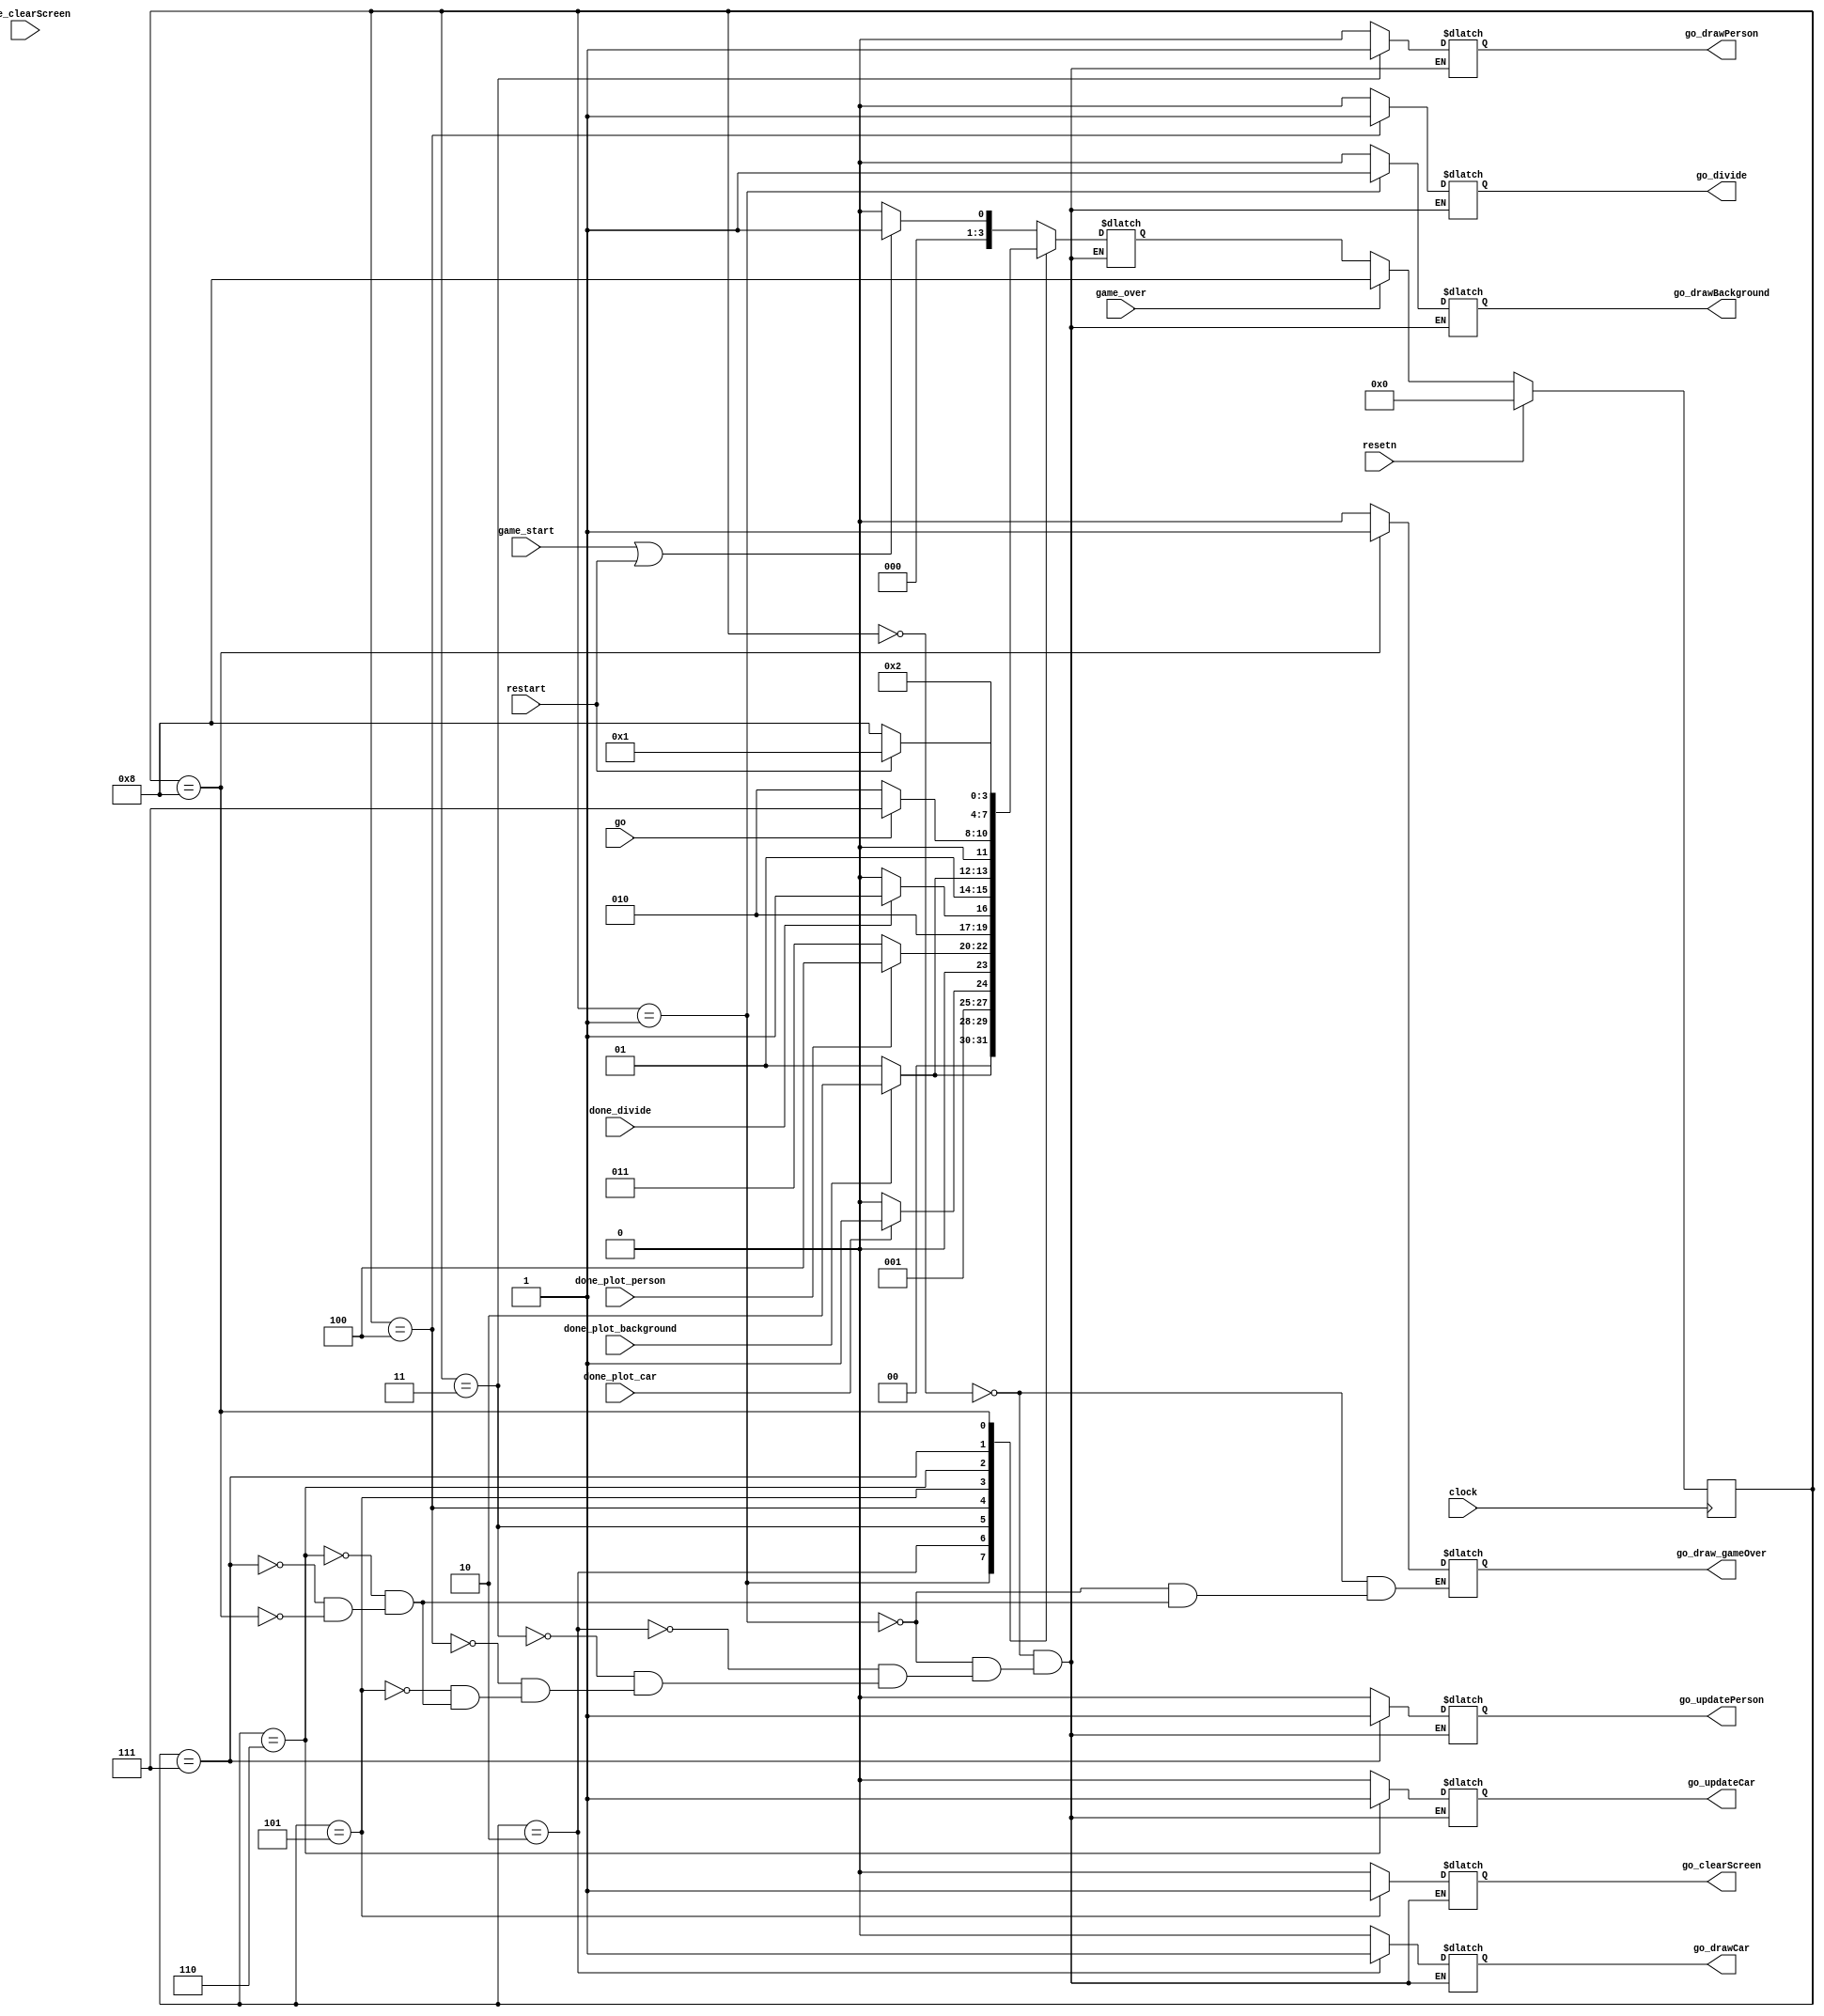
module car_control(
	input resetn,restart,game_over,clock,game_start,go,
	input done_plot_background,done_divide,done_plot_car,done_plot_person,done_clearScreen,
	output reg go_drawBackground,go_drawCar,go_drawPerson,go_divide,go_clearScreen,go_updateCar,go_updatePerson,go_draw_gameOver);

parameter			reset = 0,
				drawBackground = 1,
				drawCar = 2,
				drawPerson = 3,
				waitDraw = 4,
				clearScreen = 5,
				updateCar = 6,
				updatePerson = 7,
				gameOver = 8;
				
			
				
reg [3:0]current_state,next_state;
				
always@(*)
begin : state_table
	case (current_state)
			reset : next_state = (game_start||restart) ? drawBackground : reset;
			drawBackground : next_state = done_plot_background ? drawCar : drawBackground;	
			drawCar : next_state = done_plot_car ? drawPerson : drawCar;
			drawPerson : next_state = done_plot_person ? waitDraw : drawPerson;
			waitDraw : next_state = done_divide ? clearScreen : waitDraw;
			clearScreen : next_state = done_plot_background ? updateCar : clearScreen;
			updateCar : begin
					if(go) next_state = updatePerson;
					else next_state = drawCar;
end
			updatePerson : next_state = drawCar;
			gameOver : next_state = restart ? drawBackground : gameOver;
				
	endcase
end	
 
always@(*)
begin : enable_signals	
				
	case (current_state)
	
		reset : begin
					go_drawBackground = 0;
					go_drawCar = 0;
					go_drawPerson = 0;
					go_divide = 0;
					go_clearScreen = 0;
					go_updateCar = 0;
					go_updatePerson = 0;
					go_draw_gameOver = 0;
				  end	
		
		drawBackground : begin
					go_drawBackground = 1;
					go_drawCar = 0;
					go_drawPerson = 0;
					go_divide = 0;
					go_clearScreen = 0;
					go_updateCar = 0;
					go_updatePerson = 0;
					go_draw_gameOver = 0;
				  end
		
		
		drawCar : begin
					go_drawBackground = 0;
					go_drawCar = 1;
					go_drawPerson = 0;
					go_divide = 0;
					go_clearScreen = 0;
					go_updateCar = 0;
					go_updatePerson = 0;
					
				  end
				  
		
		drawPerson : begin
					go_drawBackground = 0;
					go_drawCar = 0;
					go_drawPerson = 1;
					go_divide = 0;
					go_clearScreen = 0;
					go_updateCar = 0;
					go_updatePerson = 0;
					
				  end
				  
		
		waitDraw : begin
					go_drawBackground = 0;
					go_drawCar = 0;
					go_drawPerson = 0;
					go_divide = 1;
					go_clearScreen = 0;
					go_updateCar = 0;
					go_updatePerson = 0;
					
				  end
				 			 		  
		
		clearScreen : begin
					go_drawBackground = 0;
					go_drawCar = 0;
					go_drawPerson = 0;
					go_divide = 0;
					go_clearScreen = 1;
					go_updateCar = 0;
					go_updatePerson = 0;
					
				  end
					
		updateCar : begin
					go_drawBackground = 0;
					go_drawCar = 0;
					go_drawPerson = 0;
					go_divide = 0;
					go_clearScreen = 0;
					go_updateCar = 1;
					go_updatePerson = 0;
					go_draw_gameOver = 0;
				  end
				 			  
		updatePerson : begin
					go_drawBackground = 0;
					go_drawCar = 0;
					go_drawPerson = 0;
					go_divide = 0;
					go_clearScreen = 0;
					go_updateCar = 0;
					go_updatePerson = 1;
					go_draw_gameOver = 0;
				  end
				  
		gameOver : begin
					go_drawBackground = 0;
					go_drawCar = 0;
					go_drawPerson = 0;
					go_divide = 0;
					go_clearScreen = 0;
					go_updateCar = 0;
					go_updatePerson = 0;
					go_draw_gameOver = 1;
				  end
								
	endcase
end
				

always@ (posedge clock)
	begin : state_FFs
		if (resetn)
			current_state<=reset;	
		else if(game_over)
			current_state<=gameOver;
		else 
			current_state<=next_state;			
	end
endmodule